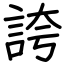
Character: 誇